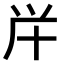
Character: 𠦖